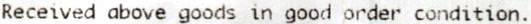
RECEIVED ABOVE GOODS IN GOOD ORDER CONDITION.